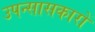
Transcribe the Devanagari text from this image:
उपन्सासकारों